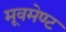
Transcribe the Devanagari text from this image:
मूवमेण्ट